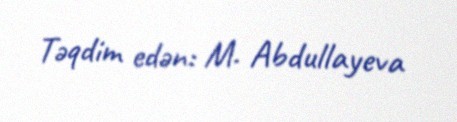
Təqdim edən: M. Abdullayeva